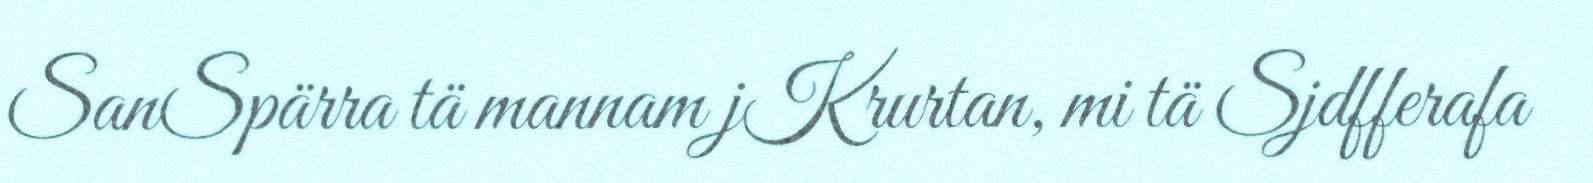
SanSpärra tä mannam jKrurtan, mi tä Sjdfferafa